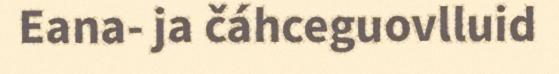
Eana- ja čáhceguovlluid